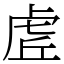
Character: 虗